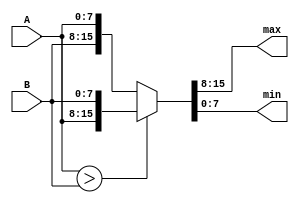
// Code your design here
// Code your design here
module maxmin (max,min,A,B);
  input [7:0] A,B;
  output [7:0] max,min;
  
  wire gt;
  wire [7:0] max,min;
  
  assign gt= A>B;
  assign {max,min}= gt ? {A,B} : {B,A};
    endmodule
    

// Code your design here
module mmm (max,mid, min,A,B,C);
  input [7:0] A,B,C;
  output [7:0] max,mid,min;
  
  wire gt;
  wire [7:0] max1,min1;
  wire [7:0] max,min2;
  wire [7:0] mid,min;
  
  
  maxmin mm1 (max1,min1, A,B);
    
  maxmin mm2 (max,min2, max1,C);
    
  maxmin mm3 (mid,min, min1,min2);
  
endmodule